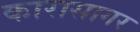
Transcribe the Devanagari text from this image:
कारासागर